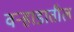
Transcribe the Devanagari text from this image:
वऱ्हाडातील